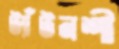
ট্যাঁটনশী